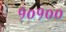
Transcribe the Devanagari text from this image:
१०१००